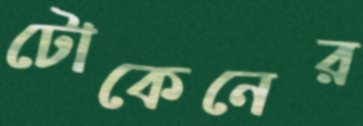
টোকেনের